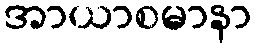
အာယာစမာနာ